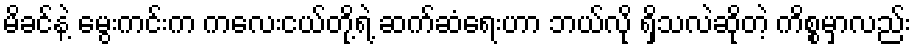
မိခင်နဲ့ မွေးကင်းက ကလေးငယ်တို့ရဲ့ ဆက်ဆံရေးဟာ ဘယ်လို ရှိသလဲဆိုတဲ့ ကိစ္စမှာလည်း